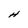
Character: H